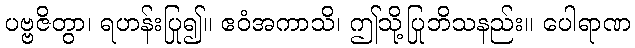
ပဗ္ဗဇိတွာ၊ ရဟန်းပြု၍။ ဧဝံအကာသိ၊ ဤသို့ပြုဘိသနည်း။ ပေါရာဏ